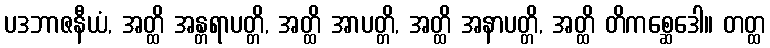
ပဒဘာဇနီယံ, အတ္ထိ အန္တရာပတ္တိ, အတ္ထိ အာပတ္တိ, အတ္ထိ အနာပတ္တိ, အတ္ထိ တိကစ္ဆေဒေါ။ တတ္ထ